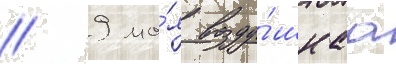
// 9 ма́я возду́шнаа